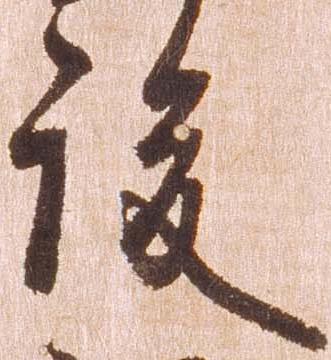
後